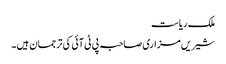
ملک ریاست
شیریں مزاری صاحبہ پی ٹی آئی کی ترجمان ہیں ۔